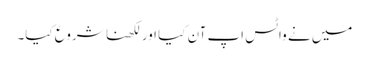
میں نے واٹس اپ آن کیا اور لکھنا شروع کیا۔